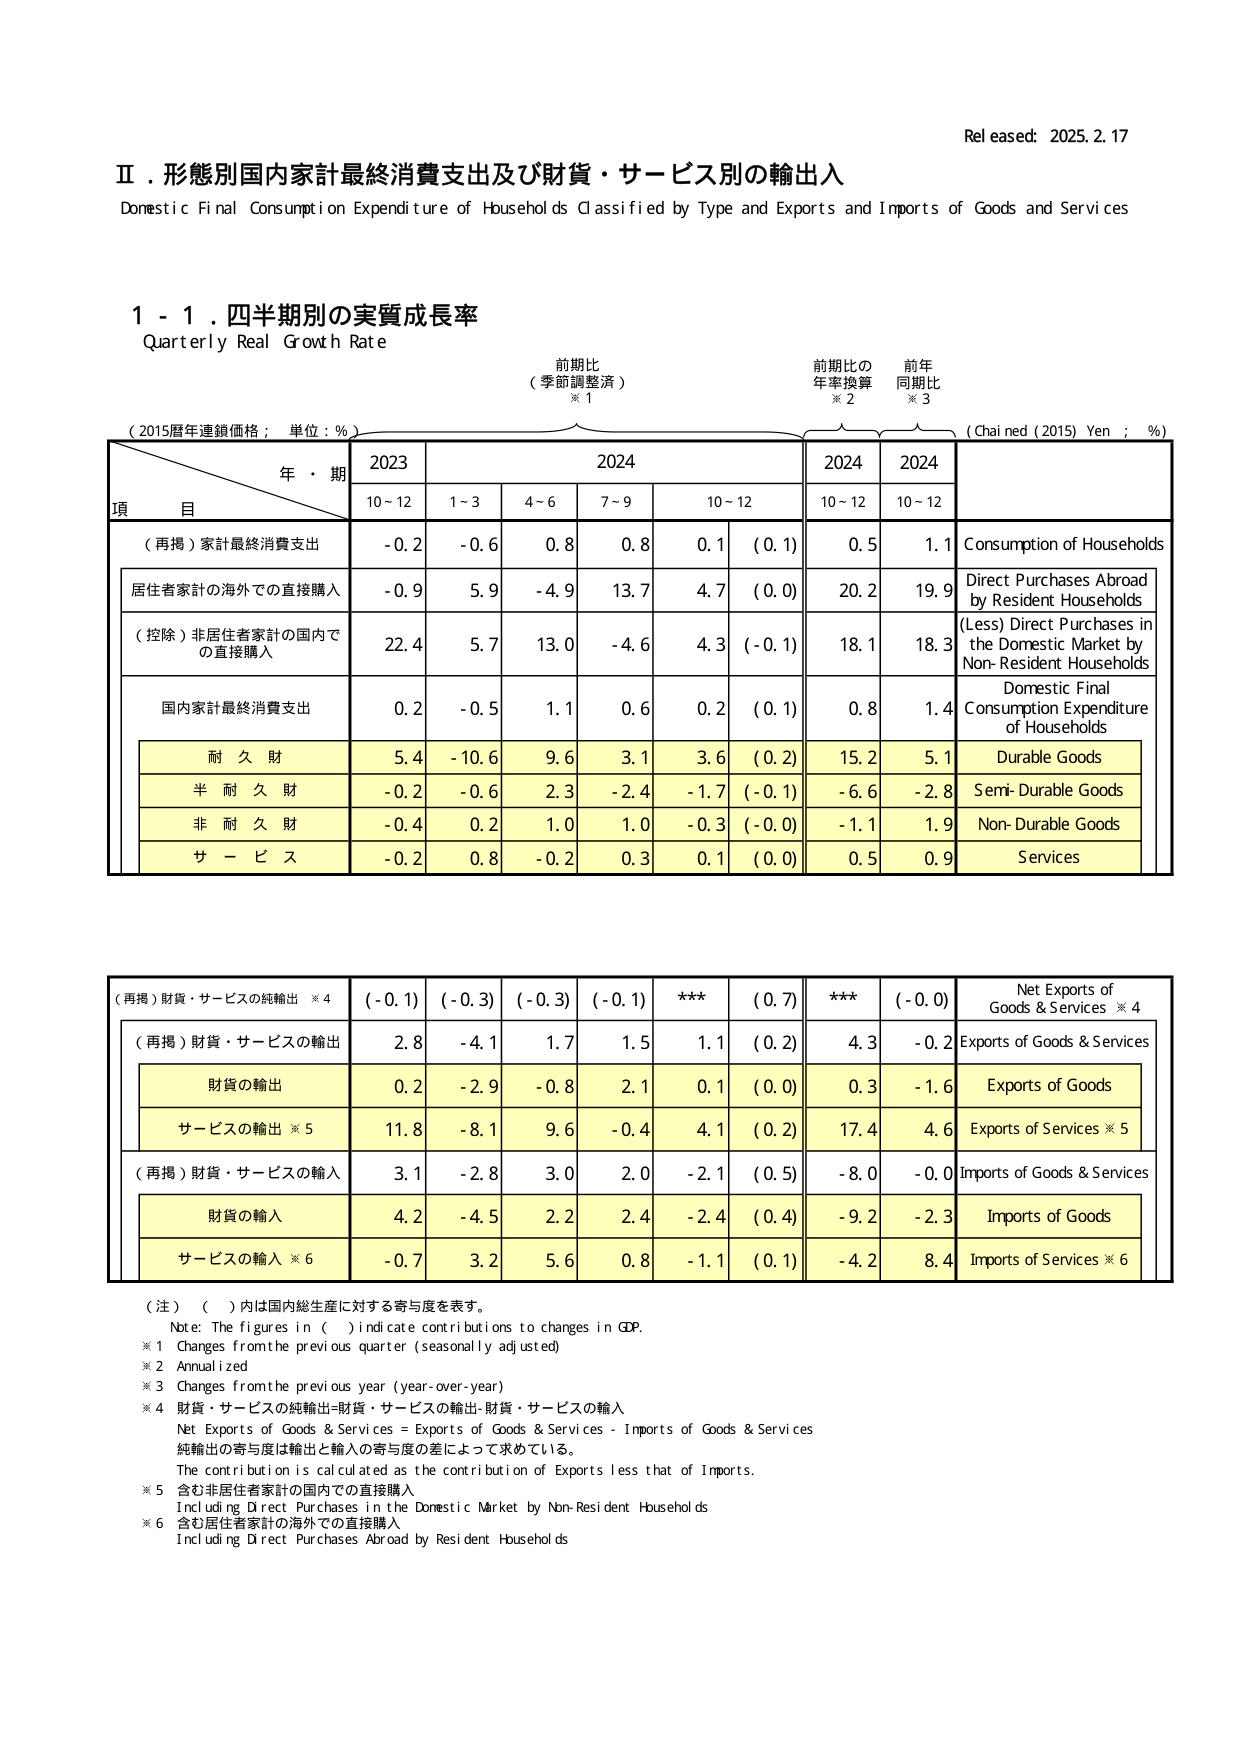
Rel eased: 2025. 2. 17

Ⅱ．形態別国内家計最終消費支出及び財貨・サービス別の輸出入
Domestic Final Consumption Expenditure of Households Classified by Type and Exports and Imports of Goods and Services

1 - 1．四半期別の実質成長率
Quarterly Real Growth Rate

（2015暦年連鎖価格；単位：％）
前期比
（季節調整済）
※1
前期比の
年率換算
※2
前年
同期比
※3
(Chained (2015) Yen ; %)

年・期
2023
2024
2024
2024

項 目
10～12
1～3
4～6
7～9
10～12
10～12
10～12

（再掲）家計最終消費支出
-0.2
-0.6
0.8
0.8
0.1
(0.1)
0.5
1.1
Consumption of Households

居住者家計の海外での直接購入
-0.9
5.9
-4.9
13.7
4.7
(0.0)
20.2
19.9
Direct Purchases Abroad by Resident Households

（控除）非居住者家計の国内での直接購入
22.4
5.7
13.0
-4.6
4.3
(-0.1)
18.1
18.3
(Less) Direct Purchases in the Domestic Market by Non-Resident Households

国内家計最終消費支出
0.2
-0.5
1.1
0.6
0.2
(0.1)
0.8
1.4
Domestic Final Consumption Expenditure of Households

耐 久 財
5.4
-10.6
9.6
3.1
3.6
(0.2)
15.2
5.1
Durable Goods

半 耐 久 財
-0.2
-0.6
2.3
-2.4
-1.7
(-0.1)
-6.6
-2.8
Semi-Durable Goods

非 耐 久 財
-0.4
0.2
1.0
1.0
-0.3
(-0.0)
-1.1
1.9
Non-Durable Goods

サ ー ビ ス
-0.2
0.8
-0.2
0.3
0.1
(0.0)
0.5
0.9
Services

（再掲）財貨・サービスの純輸出 ※4
(-0.1)
(-0.3)
(-0.3)
(-0.1)
***
(0.7)
***
(-0.0)
Net Exports of Goods & Services ※4

（再掲）財貨・サービスの輸出
2.8
-4.1
1.7
1.5
1.1
(0.2)
4.3
-0.2
Exports of Goods & Services

財貨の輸出
0.2
-2.9
-0.8
2.1
0.1
(0.0)
0.3
-1.6
Exports of Goods

サービスの輸出 ※5
11.8
-8.1
9.6
-0.4
4.1
(0.2)
17.4
4.6
Exports of Services ※5

（再掲）財貨・サービスの輸入
3.1
-2.8
3.0
2.0
-2.1
(0.5)
-8.0
-0.0
Imports of Goods & Services

財貨の輸入
4.2
-4.5
2.2
2.4
-2.4
(0.4)
-9.2
-2.3
Imports of Goods

サービスの輸入 ※6
-0.7
3.2
5.6
0.8
-1.1
(0.1)
-4.2
8.4
Imports of Services ※6

（注）（ ）内は国内総生産に対する寄与度を表す。
Note: The figures in ( ) indicate contributions to changes in GDP.
※1 Changes from the previous quarter (seasonally adjusted)
※2 Annualized
※3 Changes from the previous year (year-over-year)
※4 財貨・サービスの純輸出=財貨・サービスの輸出-財貨・サービスの輸入
Net Exports of Goods & Services = Exports of Goods & Services - Imports of Goods & Services
純輸出の寄与度は輸出と輸入の寄与度の差によって求めている。
The contribution is calculated as the contribution of Exports less that of Imports.
※5 含む非居住者家計の国内での直接購入
Including Direct Purchases in the Domestic Market by Non-Resident Households
※6 含む居住者家計の海外での直接購入
Including Direct Purchases Abroad by Resident Households